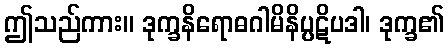
ဤသည်ကား။ ဒုက္ခနိရောဓဂါမိနိပ္ပဋိပဒါ၊ ဒုက္ခ၏